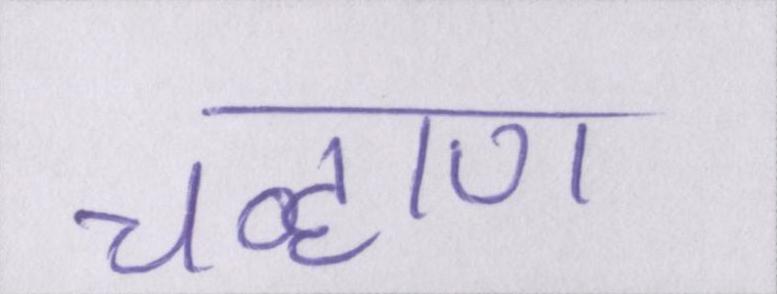
चव्हाण